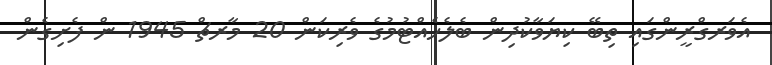
އެވަރގްރީންގައި ތިބޭ ކިޔަވާކުދިން ބެލެހެއްޓުމުގެ ވެރިކަން 20 މާރޗް 1945 ން ފެށިގެން